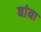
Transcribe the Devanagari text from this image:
बांबा